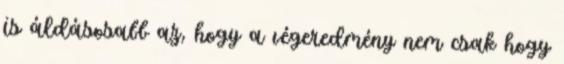
is áldásosabb az, hogy a végeredmény nem csak hogy